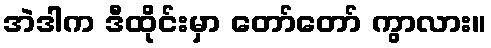
အဲဒါက ဒီထိုင်းမှာ တော်တော် ကွာလား။